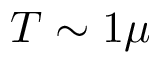
T \sim 1 \mu